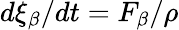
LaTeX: d\xi_{\beta}/dt=F_{\beta}/{\rho}